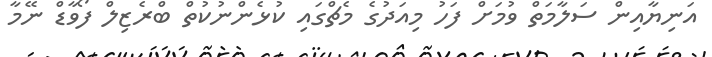
އަނިޔާއިން ސަލާމަތް ވުމަށް ފަހު މިއަދުގެ މެޗްގައި ކުޅެންނުކުތް ބްރެޒިލް ފޯވާޑް ނޭމާ